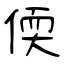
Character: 偄